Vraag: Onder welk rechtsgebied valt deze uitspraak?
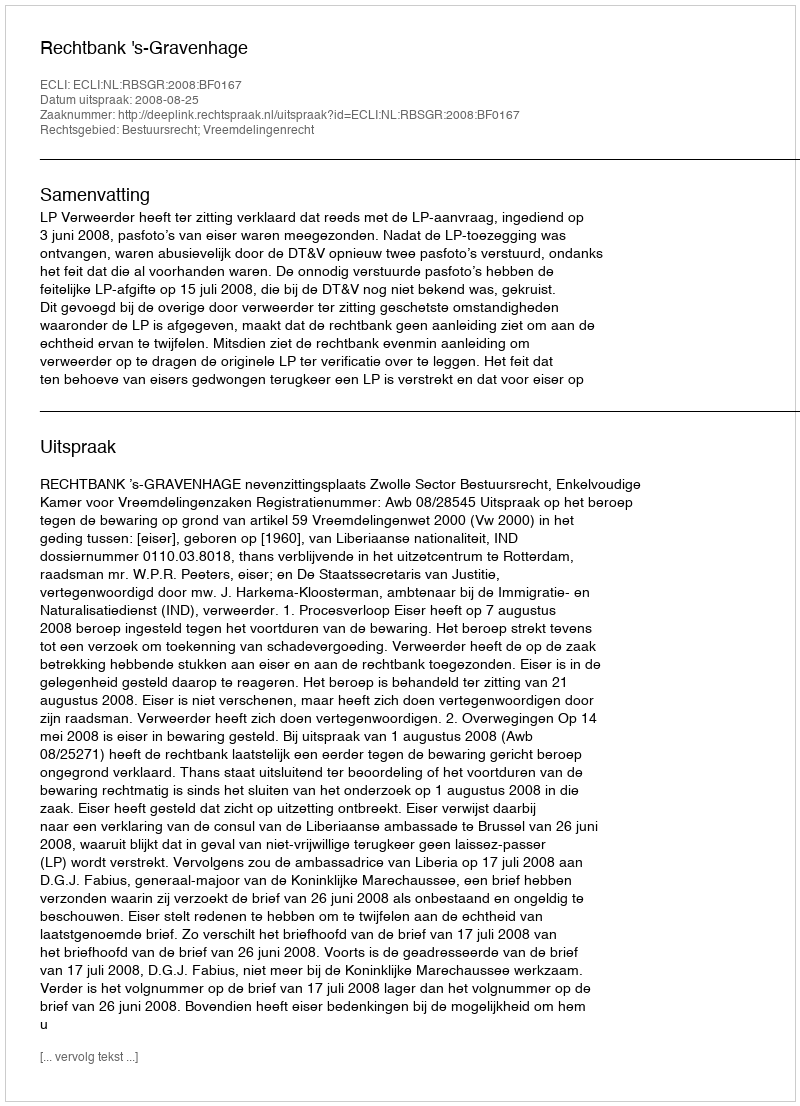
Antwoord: Bestuursrecht; Vreemdelingenrecht